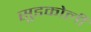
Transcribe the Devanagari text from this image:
सुडकोली